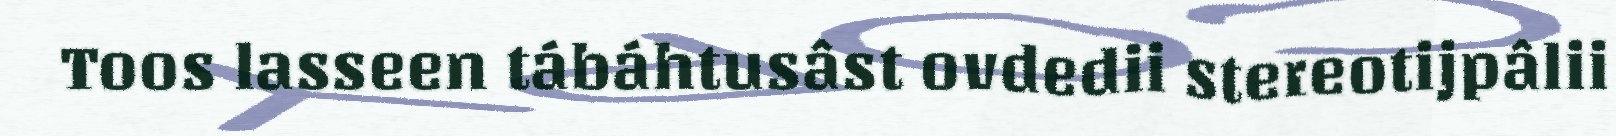
Toos lasseen tábáhtusâst ovdedii stereotijpâlii